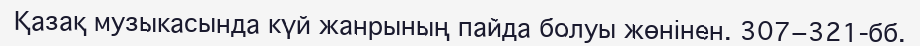
Қазақ музыкасында күй жанрының пайда болуы жөнінен. 307−321-бб.